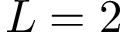
L = 2